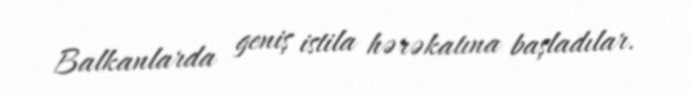
Balkanlarda geniş istila hərəkatına başladılar.